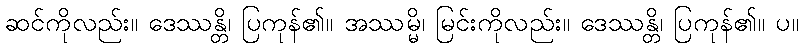
ဆင်ကိုလည်း။ ဒေဿန္တိ၊ ပြကုန်၏။ အဿမ္မိ၊ မြင်းကိုလည်း။ ဒေဿန္တိ၊ ပြကုန်၏။ ပ။